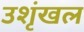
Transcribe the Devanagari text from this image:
उशृंखल